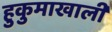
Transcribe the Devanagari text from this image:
हुकुमाखाली